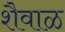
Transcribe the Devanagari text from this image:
शैवाळ